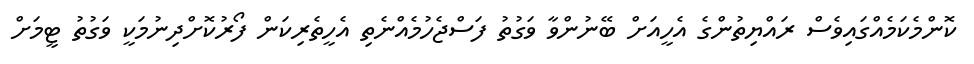
ކޮންމެކަމެއްގައިވެސް ރައްޔިތުންގެ އެހީއަށް ބޭނުންވާ ވަގުތު ފަސްޖެހުމެއްނެތި އެހީތެރިކަން ފޯރުކޮށްދިނުމަކީ ވަގުތު ޓީމަށް